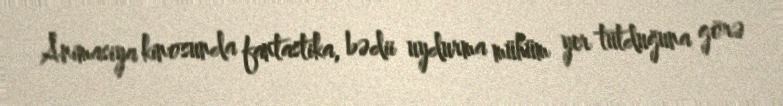
Animasiya kinosunda fantastika, bədii uydurma mühüm yer tutduğuna görə